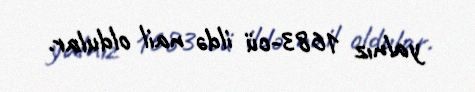
yalnız 1683-cü ildə nail oldular.